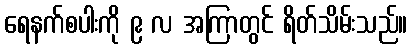
ရေနက်စပါးကို ၉ လ အကြာတွင် ရိတ်သိမ်းသည်။